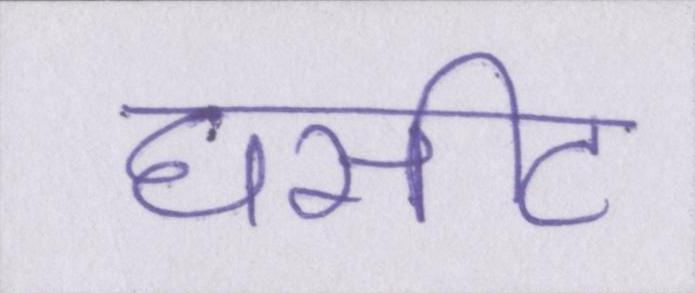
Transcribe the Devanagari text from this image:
घसीट